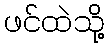
ဖင်ထဲသို့